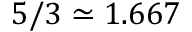
5 / 3 \simeq 1 . 6 6 7